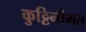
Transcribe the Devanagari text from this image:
कुट्टिनीमत